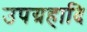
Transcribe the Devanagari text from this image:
उपग्रहादि